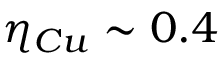
\eta _ { C u } \sim 0 . 4